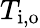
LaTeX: T_{\mathrm{i,o}}